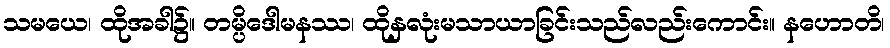
သမယေ၊ ထိုအခါ၌။ တမ္ပိဒေါမနဿ၊ ထိုနှလုံးမသာယာခြင်းသည်လည်းကောင်း။ နဟောတိ၊